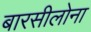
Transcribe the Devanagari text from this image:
बारसीलोना